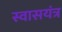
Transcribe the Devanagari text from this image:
स्वासयंत्र